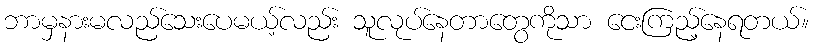
ဘာမှနားမလည်သေးပေမယ့်လည်း သူလုပ်နေတာတွေကိုသာ ငေးကြည့်နေရတယ်။